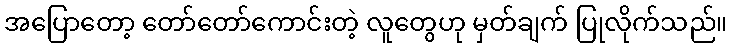
အပြောတော့ တော်တော်ကောင်းတဲ့ လူတွေဟု မှတ်ချက် ပြုလိုက်သည်။